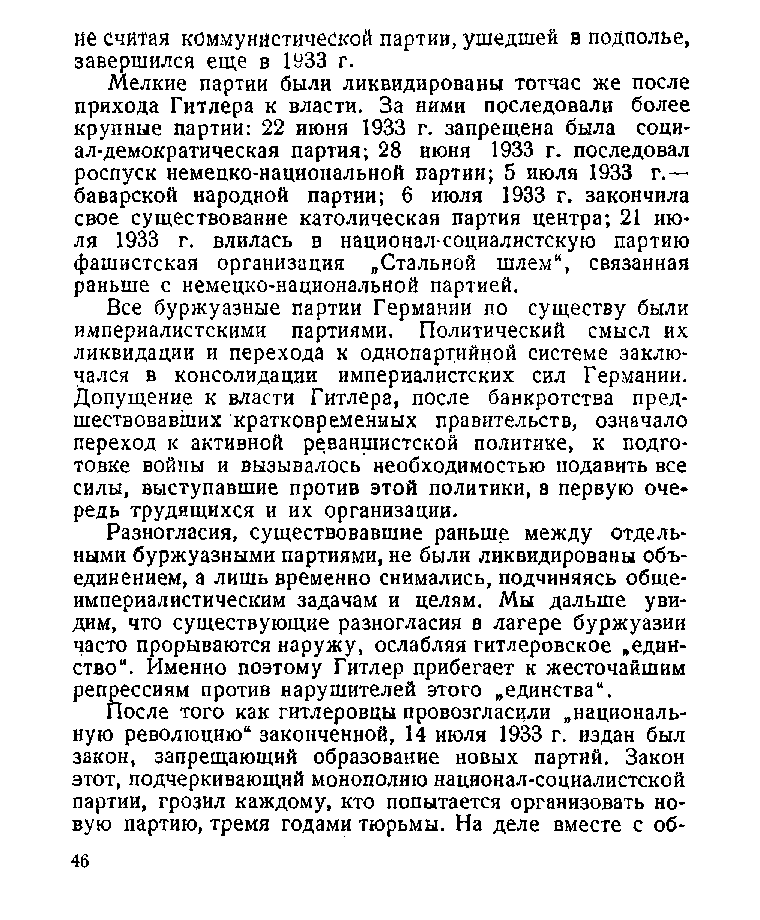
не считая коммунистической партии, ушедшей в подполье,
 завершился еще в 1933 г.
 Мелкие партии были ликвидированы тотчас же после
 прихода Гитлера к власти. За ними последовали более
 крупные партии: 22 июня 1933 г. запрещена была соци­
 ал-демократическая партия; 28 июня 1933 г. последовал
 роспуск немецко-национальной партии; 5 июля 1933 г.—
 баварской народной партии; 6 июля 1933 г. закончила
 свое существование католическая партия центра; 21 ию­
 ля 1933 г. влилась в национал-социалистскую партию
 фашистская организация „Стальной шлем“, связанная
 раньше с немецко-национальной партией.
 Все буржуазные партии Германии по существу были
 империалистскими партиями. Политический смысл их
 ликвидации и перехода к однопартийной системе заклю­
 чался в консолидации империалистских сил Германии.
 Допущение к власти Гитлера, после банкротства пред­
 шествовавших кратковременных правительств, означало
 переход к активной реваншистской политике, к подго­
 товке войны и вызывалось необходимостью подавить все
 силы, выступавшие против этой политики, в первую оче­
 редь трудящихся и их организации.
 Разногласия, существовавшие раньше между отдель­
 ными буржуазными партиями, не были ликвидированы объ­
 единением, а лишь временно снимались, подчиняясь обще­
 империалистическим задачам и целям. Мы дальше уви­
 дим, что существующие разногласия в лагере буржуазии
 часто прорываются наружу, ослабляя гитлеровское „един­
 ство“. Именно поэтому Гитлер прибегает к жесточайшим
 репрессиям против нарушителей этого „единства“.
 После того как гитлеровцы провозгласили „националь­
 ную революцию“ законченной, 14 июля 1933 г. издан был
 закон, запрещающий образование новых партий. Закон
 этот, подчеркивающий монополию национал-социалистской
 партии, грозил каждому, кто попытается организовать но­
 вую партию, тремя годами тюрьмы. На деле вместе с об­
 46